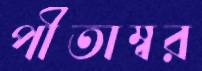
পীতাম্বর